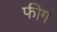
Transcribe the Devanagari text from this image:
फीग